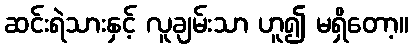
ဆင်းရဲသားနှင့် လူချမ်းသာ ဟူ၍ မရှိတော့။